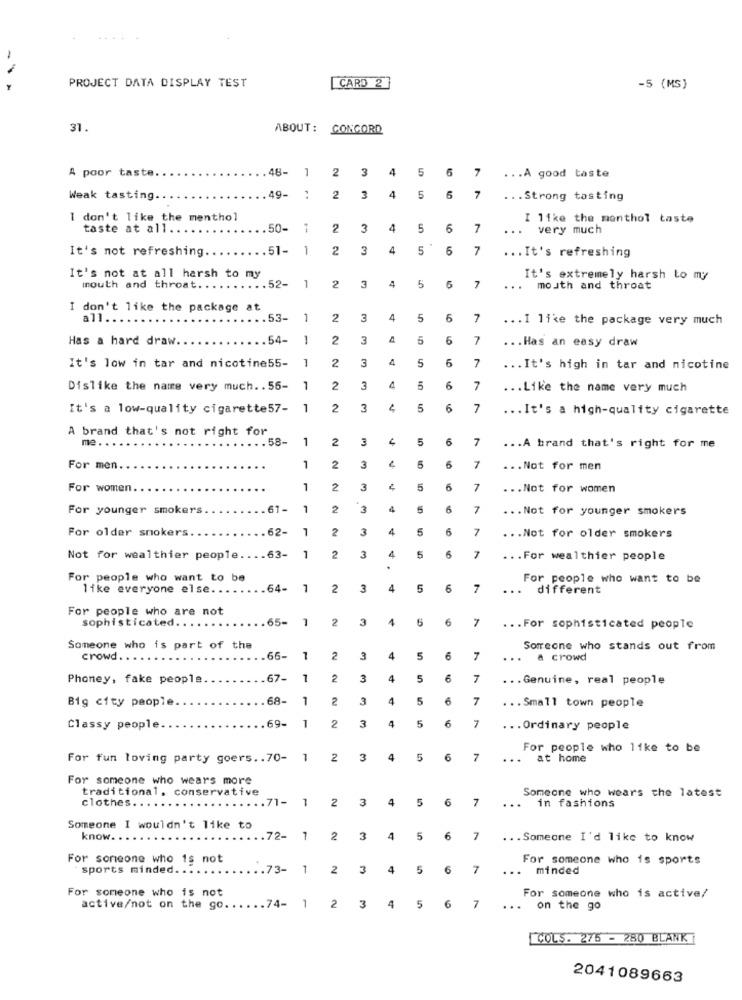
-
PROJECT DATA DISPLAY TEST
CARD 2
-5 (MS)
31.
ABOUT: CONCORD
A poor taste.
.48-
1
2
3
4
5
6
7
... A good taste
5
Weak tasting.
.49-
2
3
4
6
7
... Strong tasting
I don't like the menthol
I like the monthol taste
taste at all ..
50-
1
2
3
4
5
6
7
... very much
It's not refreshing.
.. 51-
1
2
3
4
5
5
7
... It's refreshing
It's not at all harsh to my
1
2
4
6
7
It's extremely harsh to my
mouth and throat ..
.52-
3
...
mouth and throat
I don't like the package at
.53-
1
2
3
4
5
6
7
... I like the package very much
Has a hard draw.
54-
1
2
3
5
6
7
... Has an easy draw
1
2
4
5
6
7
It's low in tar and nicotine55-
3
... It's high in tar and nicotine
Dislike the name very much. . 56-
1
2
3
5
6
7
... Like the name very much
It's a low-quality cigarette57-
1
2
3
5
6
7
... It's a high-quality cigarette
A brand that's not right for
me ...
58-
1
2
3
5
6
7
... A brand that's right for me
6
For men.
1
2
3
5
... Not for men
For women.
1
2
3
5
6
7
... Not for women
For younger smokers
61-
1
2
3
4
7
... Not for younger smokers
For older smokers
62-
7
2
3
4
5
6
7
... Not for older smokers
Not for wealthier people.
63-
1
2
3
4
5
6
7
... For wealthier people
For people who want to be
For people who want to be
like everyone else.
64-
1
2
3
4
5
6
7
...
different
For people who are not
sophisticated.
.65-
1
2
3
1
6
... For sophisticated people
Someone who is part of the
Someone who stands out from
crowd.
.66-
1
2
3
4
5
7
. .
a crowd
Phoney, fake people
.67-
1
2
3
4
5
6
... Genuine, real people
Big city people
68-
1
2
3
4
5
6
7
... Small town people
69-
5
6
Classy people.
1
2
3
7
... Ordinary people
For people who like to be
For fun loving party goers .. 70-
1
2
3
4
5
6
7
. ..
at home
For someone who wears more
traditional. conservative
Someone who wears the latest
clothes.
.. 71-
3
4
5
6
7
...
in fashions
2
Someone I wouldn't like to
know.
72-
7
2
3
4
5
6
7
... Someone I'd like to know
For someone who is not
For someone who is sports
sports minded. .
.73-
1
2
3
4
5
6
7
...
minded
For someone who is not
For someone who is active/
active/not on the go .. .
.74-
1
2
3
4
5
6
7
...
on the go
COLS. 275 - 280 BLANK
2041089663